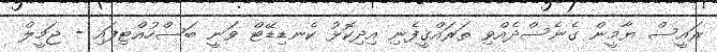
ރައީސް ޔާމީން ގެނެސްދެއްވި ތަރައްޤީފެނި އިދިކޮޅު ކެނޑިޑޭޓް ވަނީ ބަސްހުއްޓިފައި - ޖަމީލް